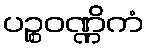
ပဉ္စဝဏ္ဏိကံ